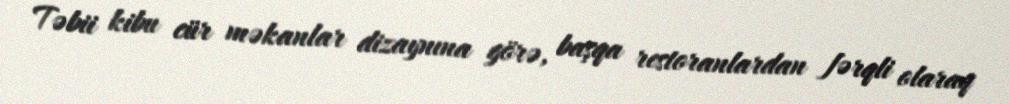
Təbii kibu cür məkanlar dizaynına görə, başqa restoranlardan fərqli olaraq